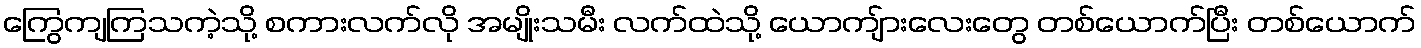
ကြွေကျကြသကဲ့သို့ စကားလက်လို အမျိုးသမီး လက်ထဲသို့ ယောကျ်ားလေးတွေ တစ်ယောက်ပြီး တစ်ယောက်